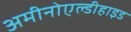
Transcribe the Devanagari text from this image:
अमीनोएल्डीहाइड